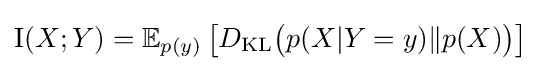
\operatorname {I} (X;Y)=\mathbb {E} _{p(y)}\left[D_{\mathrm {KL} }{\bigl (}p(X|Y=y)\|p(X){\bigr )}\right]